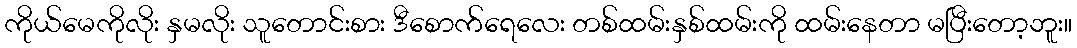
ကိုယ်မေကိုလိုး နှမလိုး သူတောင်းစား ဒီစောက်ရေလေး တစ်ထမ်းနှစ်ထမ်းကို ထမ်းနေတာ မပြီးတော့ဘူး။